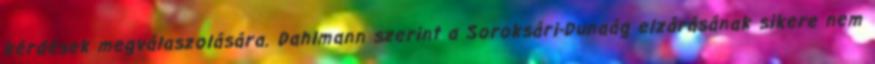
kérdések megválaszolására. Dahlmann szerint a Soroksári-Dunaág elzárásának sikere nem